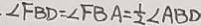
. \angle F B D = \angle F B A = \frac { 1 } { 2 } \angle A B D